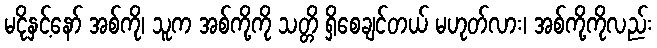
မငိုနှင့်နော် အစ်ကို၊ သူက အစ်ကို့ကို သတ္တိ ရှိစေချင်တယ် မဟုတ်လား၊ အစ်ကို့ကိုလည်း